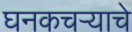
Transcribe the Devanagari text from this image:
घनकचऱ्याचे